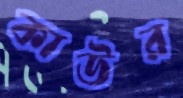
কাউর